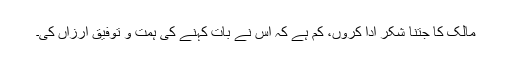
مالک کا جتنا شکر ادا کروں، کم ہے کہ اس نے بات کہنے کی ہمّت و توفیق ارزاں کی۔